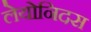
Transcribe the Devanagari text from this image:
लेयोनिदस